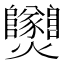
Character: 𤓫